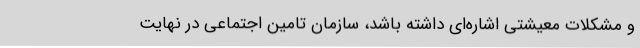
و مشکلات معیشتی اشاره‌ای داشته باشد، سازمان تامین اجتماعی در نهایت